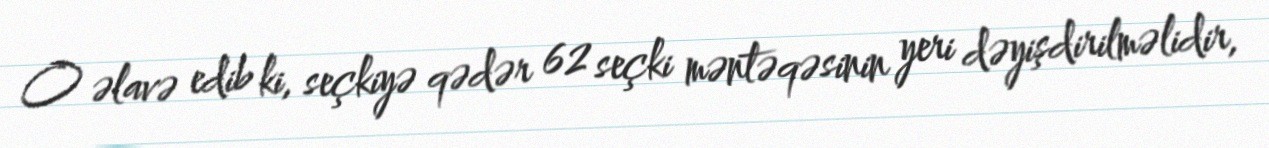
O əlavə edib ki, seçkiyə qədər 62 seçki məntəqəsinin yeri dəyişdirilməlidir,